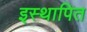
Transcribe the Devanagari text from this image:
इस्थापित